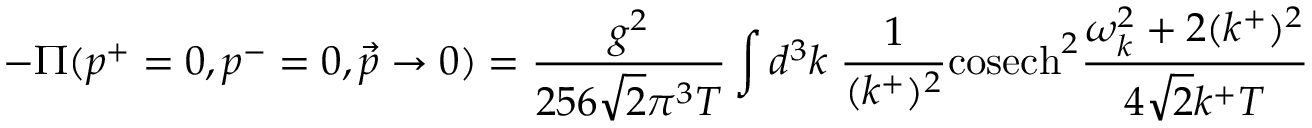
- \Pi ( p ^ { + } = 0 , p ^ { - } = 0 , \vec { p } \rightarrow 0 ) = \frac { g ^ { 2 } } { 2 5 6 \sqrt { 2 } \pi ^ { 3 } T } \int d ^ { 3 } k \; \frac { 1 } { ( k ^ { + } ) ^ { 2 } } \mathrm { c o s e c h } ^ { 2 } \frac { \omega _ { k } ^ { 2 } + 2 ( k ^ { + } ) ^ { 2 } } { 4 \sqrt { 2 } k ^ { + } T }